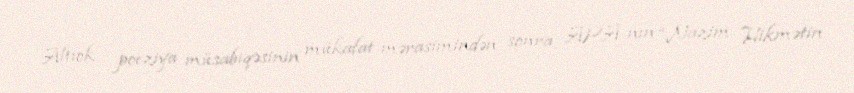
Altıok poeziya müsabiqəsinin mükafat mərasimindən sonra APA-nın “Nazim Hikmətin